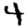
Digit: 4